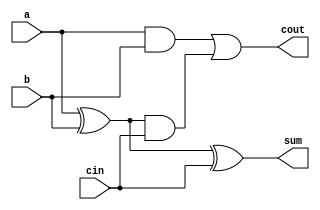
module fadder1b(a,b,sum,cout,cin);

	input a,b,cin;
	output cout,sum;
	wire w1,w2,w3;

	//GateLevel - 
	/*
	xor x1(w1,a,b);

	xor s1(sum,w1,cin); //sum 

	and a1(w2,cin,w1);
	and a2(w3,a,b);

	or o1(cout,w2,w3);
	*/

	//Dataflow Level - 

	assign sum=((a^b)^cin);
	assign cout=((a&b)|((a^b)&cin));

endmodule

/*module tb_fadder1b;

	reg a,b,cin;
	wire cout,sum;

	fadder1b f1b(a,b,sum,cout,cin);

	initial
		begin
			$monitor(,$time," a=%b , b=%b, cin=%b, sum=%b, cout=%b",a,b,cin,sum,cout);

			#0 a=1'b0;b=1'b0;cin=1'b0;
			#2 a=1'b0;b=1'b0;cin=1'b1;
			#2 a=1'b0;b=1'b1;cin=1'b0;
			#2 a=1'b0;b=1'b1;cin=1'b1;
			#2 a=1'b1;b=1'b0;cin=1'b0;
			#2 a=1'b1;b=1'b0;cin=1'b1;
			#2 a=1'b1;b=1'b1;cin=1'b0;
			#2 a=1'b1;b=1'b1;cin=1'b1;

			$finish;
		end

endmodule*/